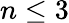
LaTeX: n\le 3